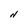
Character: N